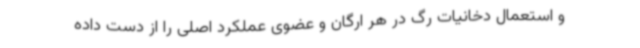
و استعمال دخانیات رگ در هر ارگان و عضوی عملکرد اصلی را از دست داده